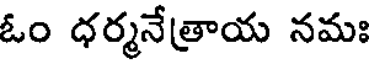
ఓం ధర్మనేత్రాయ నమః